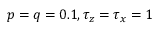
p = q = 0 . 1 , \tau _ { z } = \tau _ { x } = 1